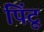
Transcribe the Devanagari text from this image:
पिंटू